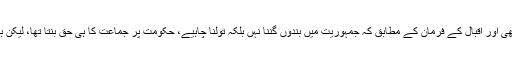
اب یہ ایک معقول تعداد تھی اور اقبال کے فرمان کے مطابق کہ جمہوریت میں بندوں گننا نہِں بلکہ تولنا چاہیے، حکومت پر جماعت کا ہی حق بنتا تھا، لیکن بنگالی نہایت شریر نکلے۔